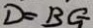
D = B G